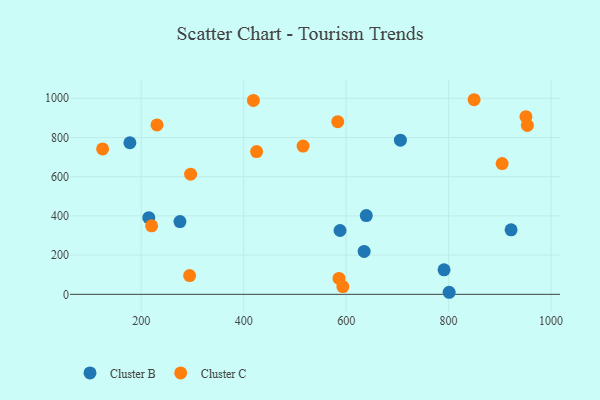
{"axis": {"x": "Price", "y": "Exam Score"}, "legend": ["Cluster B", "Cluster C"], "data": [{"x": "635.1", "y": 219.1, "type": "Cluster B"}, {"x": "921.9", "y": 329.3, "type": "Cluster B"}, {"x": "705.9", "y": 786.2, "type": "Cluster B"}, {"x": "791.1", "y": 124.8, "type": "Cluster B"}, {"x": "588.1", "y": 325.6, "type": "Cluster B"}, {"x": "275.6", "y": 371.0, "type": "Cluster B"}, {"x": "177.9", "y": 773.2, "type": "Cluster B"}, {"x": "801.0", "y": 10.5, "type": "Cluster B"}, {"x": "639.3", "y": 401.8, "type": "Cluster B"}, {"x": "214.8", "y": 390.9, "type": "Cluster B"}, {"x": "593.6", "y": 39.7, "type": "Cluster C"}, {"x": "220.3", "y": 349.3, "type": "Cluster C"}, {"x": "230.8", "y": 864.1, "type": "Cluster C"}, {"x": "953.7", "y": 861.6, "type": "Cluster C"}, {"x": "425.2", "y": 728.4, "type": "Cluster C"}, {"x": "124.7", "y": 741.6, "type": "Cluster C"}, {"x": "849.7", "y": 992.7, "type": "Cluster C"}, {"x": "586.0", "y": 80.9, "type": "Cluster C"}, {"x": "950.9", "y": 906.0, "type": "Cluster C"}, {"x": "296.4", "y": 612.9, "type": "Cluster C"}, {"x": "419.0", "y": 989.0, "type": "Cluster C"}, {"x": "583.6", "y": 880.5, "type": "Cluster C"}, {"x": "294.5", "y": 95.8, "type": "Cluster C"}, {"x": "904.4", "y": 667.1, "type": "Cluster C"}, {"x": "515.9", "y": 756.5, "type": "Cluster C"}]}